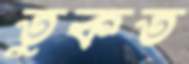
তুকত